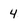
Character: 4